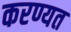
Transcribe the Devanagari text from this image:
करण्यत